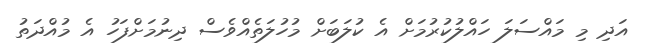
އަދި މި މައްސަލަ ހައްލުކުރުމަށް އެ ކުލަބަށް މުހުލަތެއްވެސް ދިނުމަށްފަހު އެ މުއްދަތު